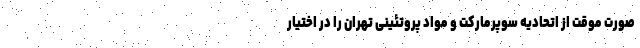
صورت موقت از اتحادیه سوپرمارکت و مواد پروتئینی تهران را در اختیار